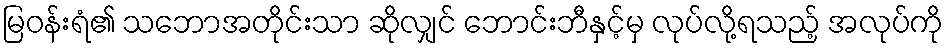
မြဝန်းရံ၏ သဘောအတိုင်းသာ ဆိုလျှင် ဘောင်းဘီနှင့်မှ လုပ်လို့ရသည့် အလုပ်ကို